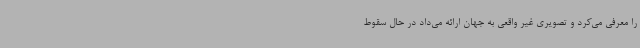
را معرفی می‌کرد و تصویری غیر واقعی به جهان ارائه می‌داد در حال سقوط